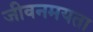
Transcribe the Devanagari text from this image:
जीवनमयता